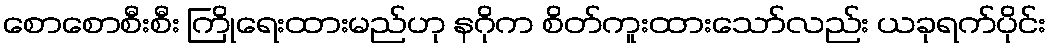
စောစောစီးစီး ကြိုရေးထားမည်ဟု နဂိုက စိတ်ကူးထားသော်လည်း ယခုရက်ပိုင်း